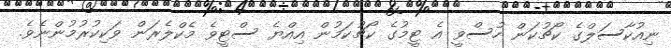
ނިއުކާސަލްގެ ކޯޗުކަން ހުސްވީ އެ ޓީމުގެ ކޯޗުކަމުން އިއްޔެ ސްޓީވެ މެކްލެރަން ވަކިކުރުމުންނެވެ.